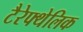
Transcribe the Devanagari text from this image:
टैरेफ्थेलिक